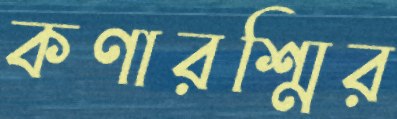
কণারশ্মির